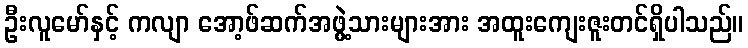
ဦးလူမော်နှင့် ကလျာ အော့ဖ်ဆက်အဖွဲ့သားများအား အထူးကျေးဇူးတင်ရှိပါသည်။